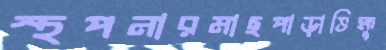
স্থপনারমাছপাড়াভিক্ষু